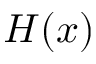
H ( x )